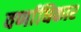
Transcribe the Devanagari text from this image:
वर्णाधिकार